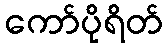
ကော်ပိုရိတ်